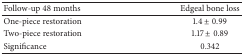
| Follow-up 48 months | Edgeal bone loss |
 | --- | --- |
 | One-piece restoration | 1.4 ± 0.99 |
 | Two-piece restoration | 1.17 ± 0.89 |
 | Significance | 0.342 |